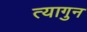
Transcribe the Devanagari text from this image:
त्यागुन